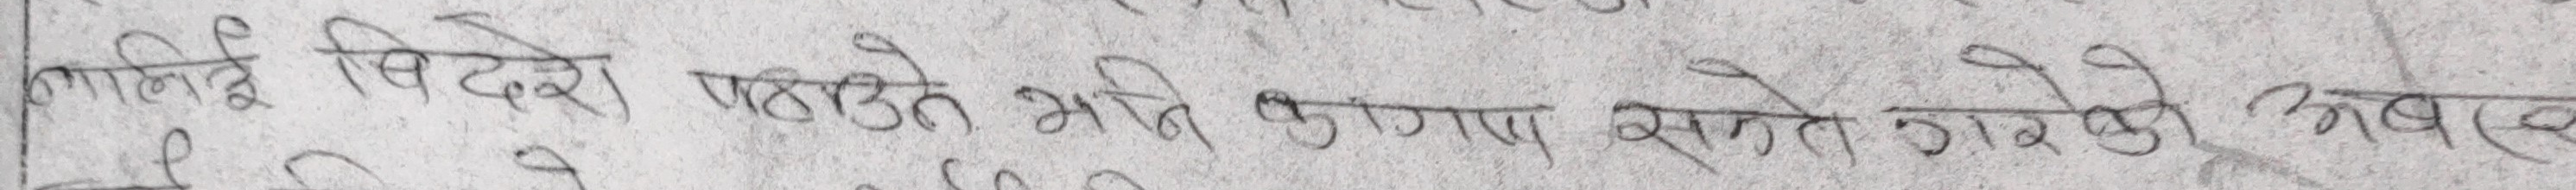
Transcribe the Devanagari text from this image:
लागि विदेश पठाउन भनि कारण सुने गरेको अवश्य